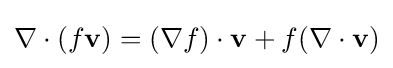
\nabla \cdot (f\mathbf {v} )=(\nabla f)\cdot \mathbf {v} +f(\nabla \cdot \mathbf {v} )